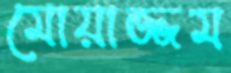
মোয়াজ্জম